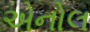
એનોલ